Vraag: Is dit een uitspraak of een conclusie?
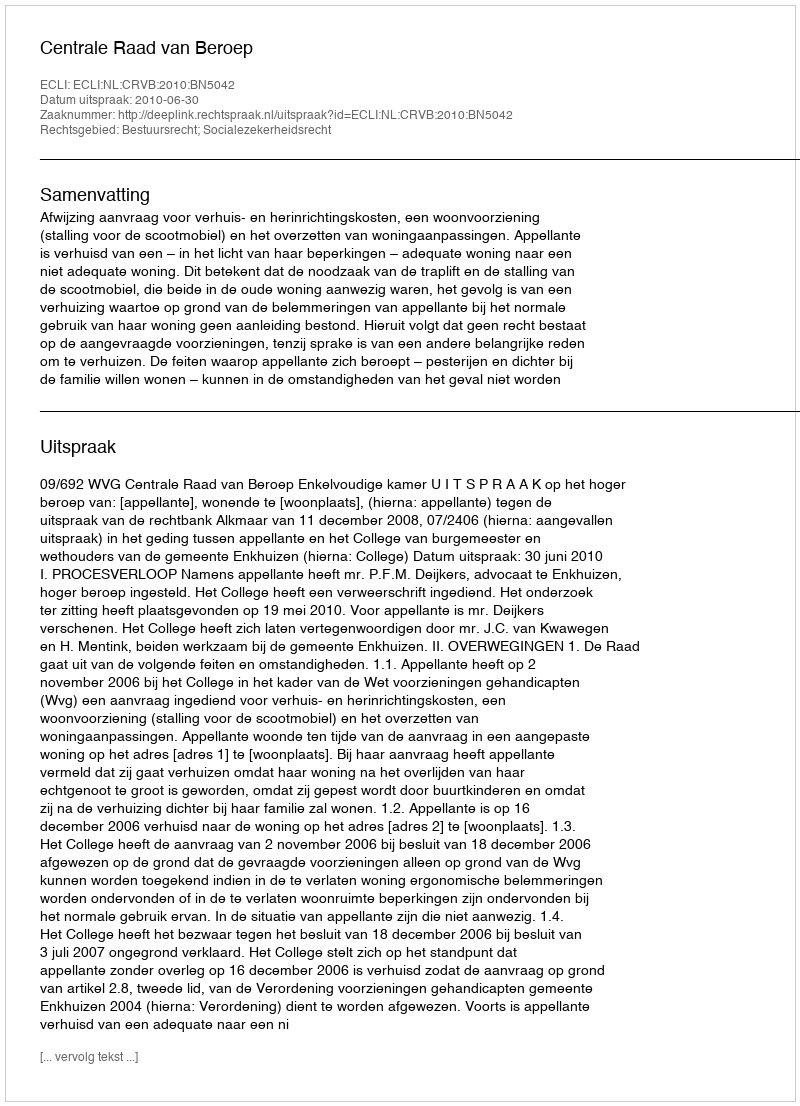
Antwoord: Uitspraak